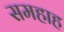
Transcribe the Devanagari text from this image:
समहाह